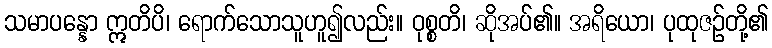
သမာပန္နော ဣတိပိ၊ ရောက်သောသူဟူ၍လည်း။ ဝုစ္စတိ၊ ဆိုအပ်၏။ အရိယော၊ ပုထုဇဉ်တို့၏